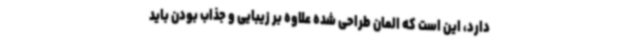
دارد، این است که المان طراحی شده علاوه بر زیبایی و جذاب بودن باید